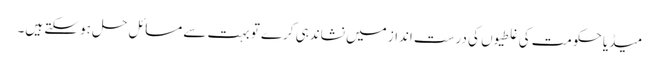
میڈیا حکومت کی غلطیوں کی درست انداز میں نشاندہی کرے تو بہت سے مسائل حل ہو سکتے ہیں۔